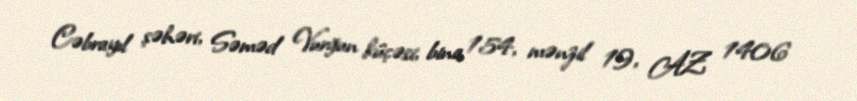
Cəbrayıl şəhəri, Səməd Vurğun küçəsi, bina 154, mənzil 19, AZ 1406